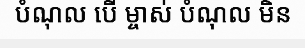
បំណុល បើ ម្ចាស់ បំណុល មិន